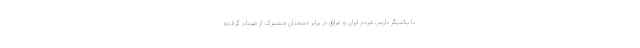
با یکدیگر داریم، مردم ایران و عراق در برابر دشمنان مشترک از صدام گرفته